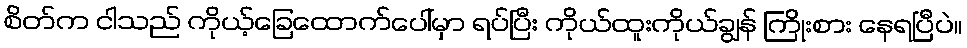
စိတ်က ငါသည် ကိုယ့်ခြေထောက်ပေါ်မှာ ရပ်ပြီး ကိုယ်ထူးကိုယ်ချွန် ကြိုးစား နေရပြီပဲ။